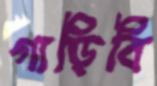
গাড়িবি